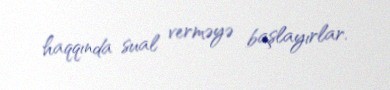
haqqında sual verməyə başlayırlar.